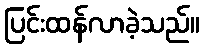
ပြင်းထန်လာခဲ့သည်။